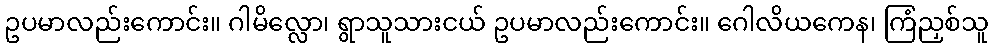
ဥပမာလည်းကောင်း။ ဂါမိလ္လော၊ ရွာသူသားငယ် ဥပမာလည်းကောင်း။ ဂေါလိယကေန၊ ကြံညှစ်သူ